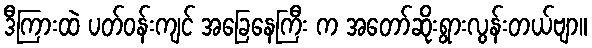
ဒီကြားထဲ ပတ်ဝန်းကျင် အခြေနေကြီး က အတော်ဆိုးရွားလွန်းတယ်ဗျာ။